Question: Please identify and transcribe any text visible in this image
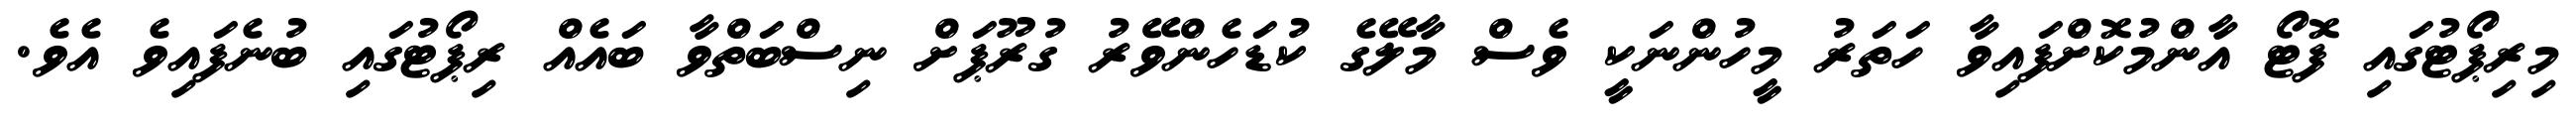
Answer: މިރިޕޯޓުގައި ފޮޓޯ އާންމުކޮށްފައިވާ ހަތަރު މީހުންނަކީ ވެސް މާލޭގެ ކުޑަހެންވޭރު ގުރޫޕަށް ނިސްބަތްވާ ބައެއް ރިޕޯޓުގައި ބުނެފައިވެ އެވެ.